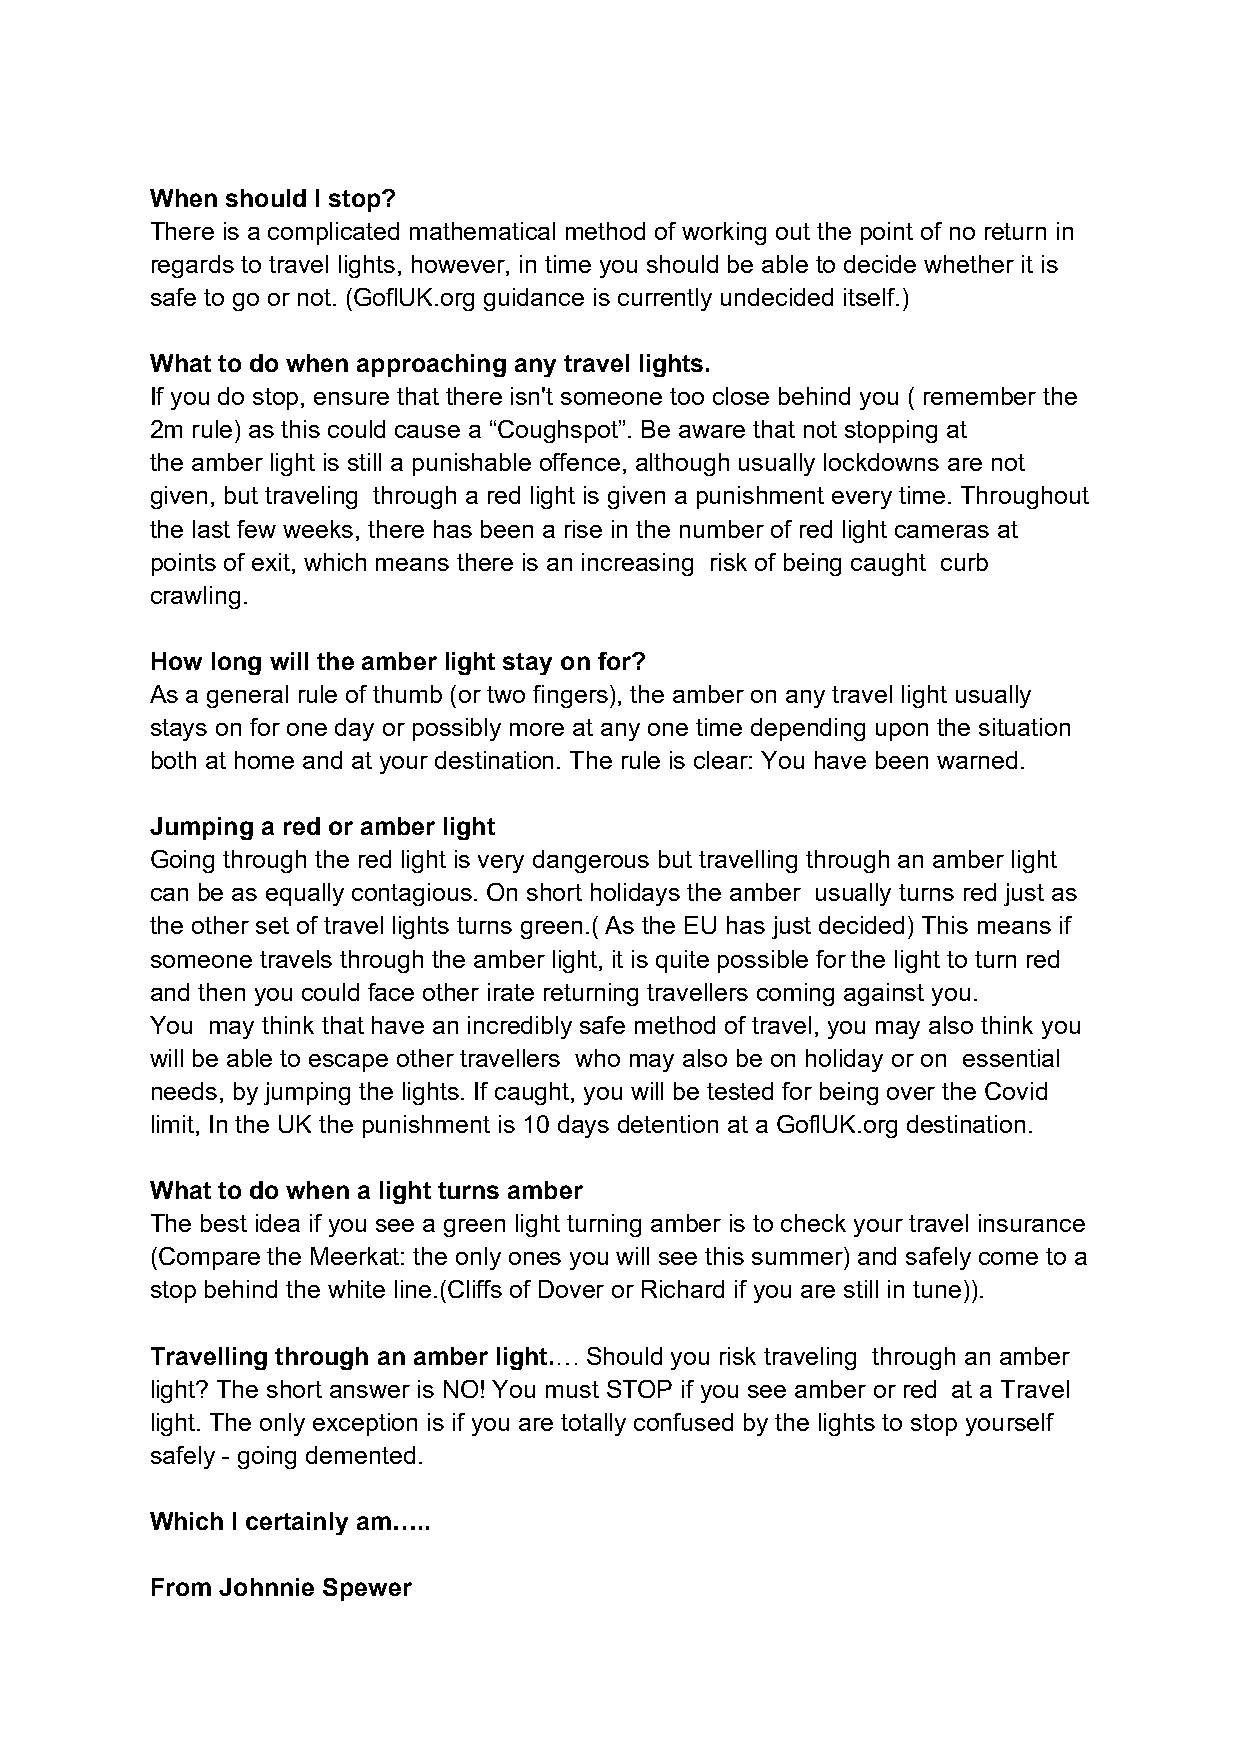
When should I stop?
 There is a complicated mathematical method of working out the point of no return in
 regards to travel lights, however, in time you should be able to decide whether it is
 safe to go or not. (GoflUK.org guidance is currently undecided itself.)
 What to do when approaching any travel lights.
 If you do stop, ensure that there isn't someone too close behind you ( remember the
 2m rule) as this could cause a “Coughspot”. Be aware that not stopping at
 the amber light is still a punishable offence, although usually lockdowns are not
 given, but traveling through a red light is given a punishment every time. Throughout
 the last few weeks, there has been a rise in the number of red light cameras at
 points of exit, which means there is an increasing risk of being caught curb
 crawling.
 How long will the amber light stay on for?
 As a general rule of thumb (or two fingers), the amber on any travel light usually
 stays on for one day or possibly more at any one time depending upon the situation
 both at home and at your destination. The rule is clear: You have been warned.
 Jumping a red or amber light
 Going through the red light is very dangerous but travelling through an amber light
 can be as equally contagious. On short holidays the amber usually turns red just as
 the other set of travel lights turns green.( As the EU has just decided) This means if
 someone travels through the amber light, it is quite possible for the light to turn red
 and then you could face other irate returning travellers coming against you.
 You may think that have an incredibly safe method of travel, you may also think you
 will be able to escape other travellers who may also be on holiday or on essential
 needs, by jumping the lights. If caught, you will be tested for being over the Covid
 limit, In the UK the punishment is 10 days detention at a GoflUK.org destination.
 What to do when a light turns amber
 The best idea if you see a green light turning amber is to check your travel insurance
 (Compare the Meerkat: the only ones you will see this summer) and safely come to a
 stop behind the white line.(Cliffs of Dover or Richard if you are still in tune)).
 Travelling through an amber light.… Should you risk traveling through an amber
 light? The short answer is NO! You must STOP if you see amber or red at a Travel
 light. The only exception is if you are totally confused by the lights to stop yourself
 safely - going demented.
 Which I certainly am…..
 From Johnnie Spewer